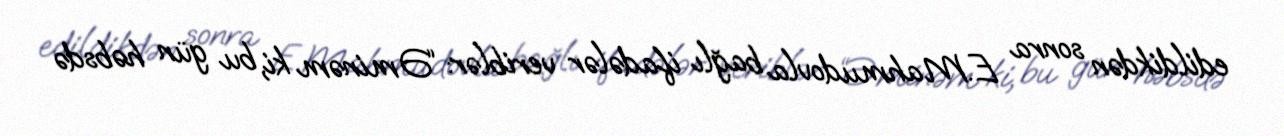
edildikdən sonra E.Mahmudovla bağlı ifadələr veriblər: “Əminəm ki, bu gün həbsdə